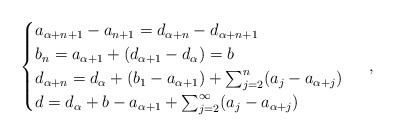
LaTeX: \begin{align*}\begin{cases}a_{\alpha + n +1} - a_{n+1} = d_{\alpha + n} - d_{\alpha + n +1} \\b_n = a_{\alpha + 1} + (d_{\alpha + 1} - d_\alpha) = b \\d_{\alpha + n} = d_\alpha + (b_1 - a_{\alpha+1}) + \sum_{j=2}^n (a_j - a_{\alpha + j}) \\d = d_\alpha + b - a_{\alpha + 1} + \sum_{j=2}^\infty (a_j - a_{\alpha+j})\end{cases} \ ,\end{align*}